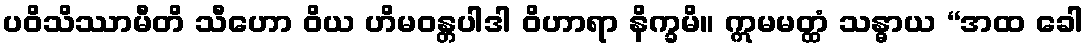
ပဝိသိဿာမီတိ သီဟော ဝိယ ဟိမဝန္တပါဒါ ဝိဟာရာ နိက္ခမိ။ ဣမမတ္ထံ သန္ဓာယ “အထ ခေါ